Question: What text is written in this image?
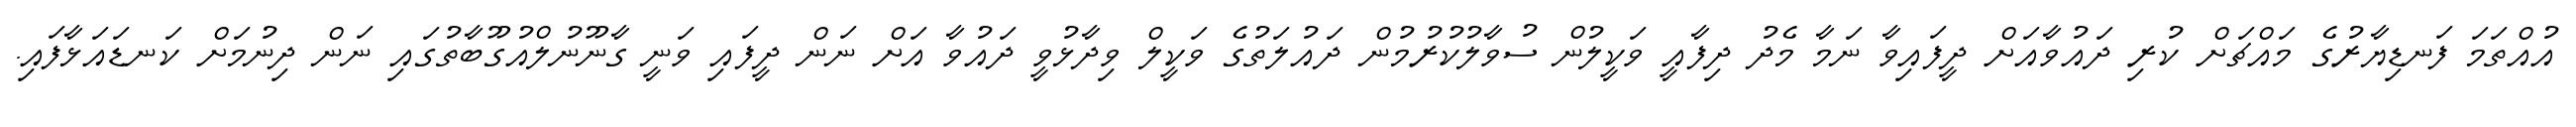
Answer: އުއްތަމަ ފަނޑިޔާރުގެ މައްޗަށް ކުރި ދައުވާއަށް ދީފައިވާ ނަމާ މެދު ދިފާއީ ވަކީލުން ސުވާލުކުރުމުން ދައުލަތުގެ ވަކީލް ވިދާޅުވީ ދައުވާ އަށް ނަން ދީފައި ވަނީ ގާނޫނުލްއުގޫބާތުގައި ނަން ދިނުމަށް ކަނޑައަޅާފައި.